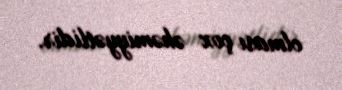
olması çox əhəmiyyətlidir.